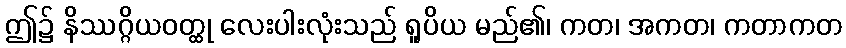
ဤ၌ နိဿဂ္ဂိယဝတ္ထု လေးပါးလုံးသည် ရူပိယ မည်၏၊ ကတ၊ အကတ၊ ကတာကတ